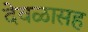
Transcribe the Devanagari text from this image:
देवळासह